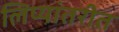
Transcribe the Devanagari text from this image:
लिप्यांतरीत